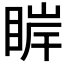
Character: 𰥮